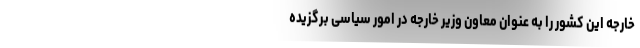
خارجه این کشور را به عنوان معاون وزیر خارجه در امور سیاسی برگزیده